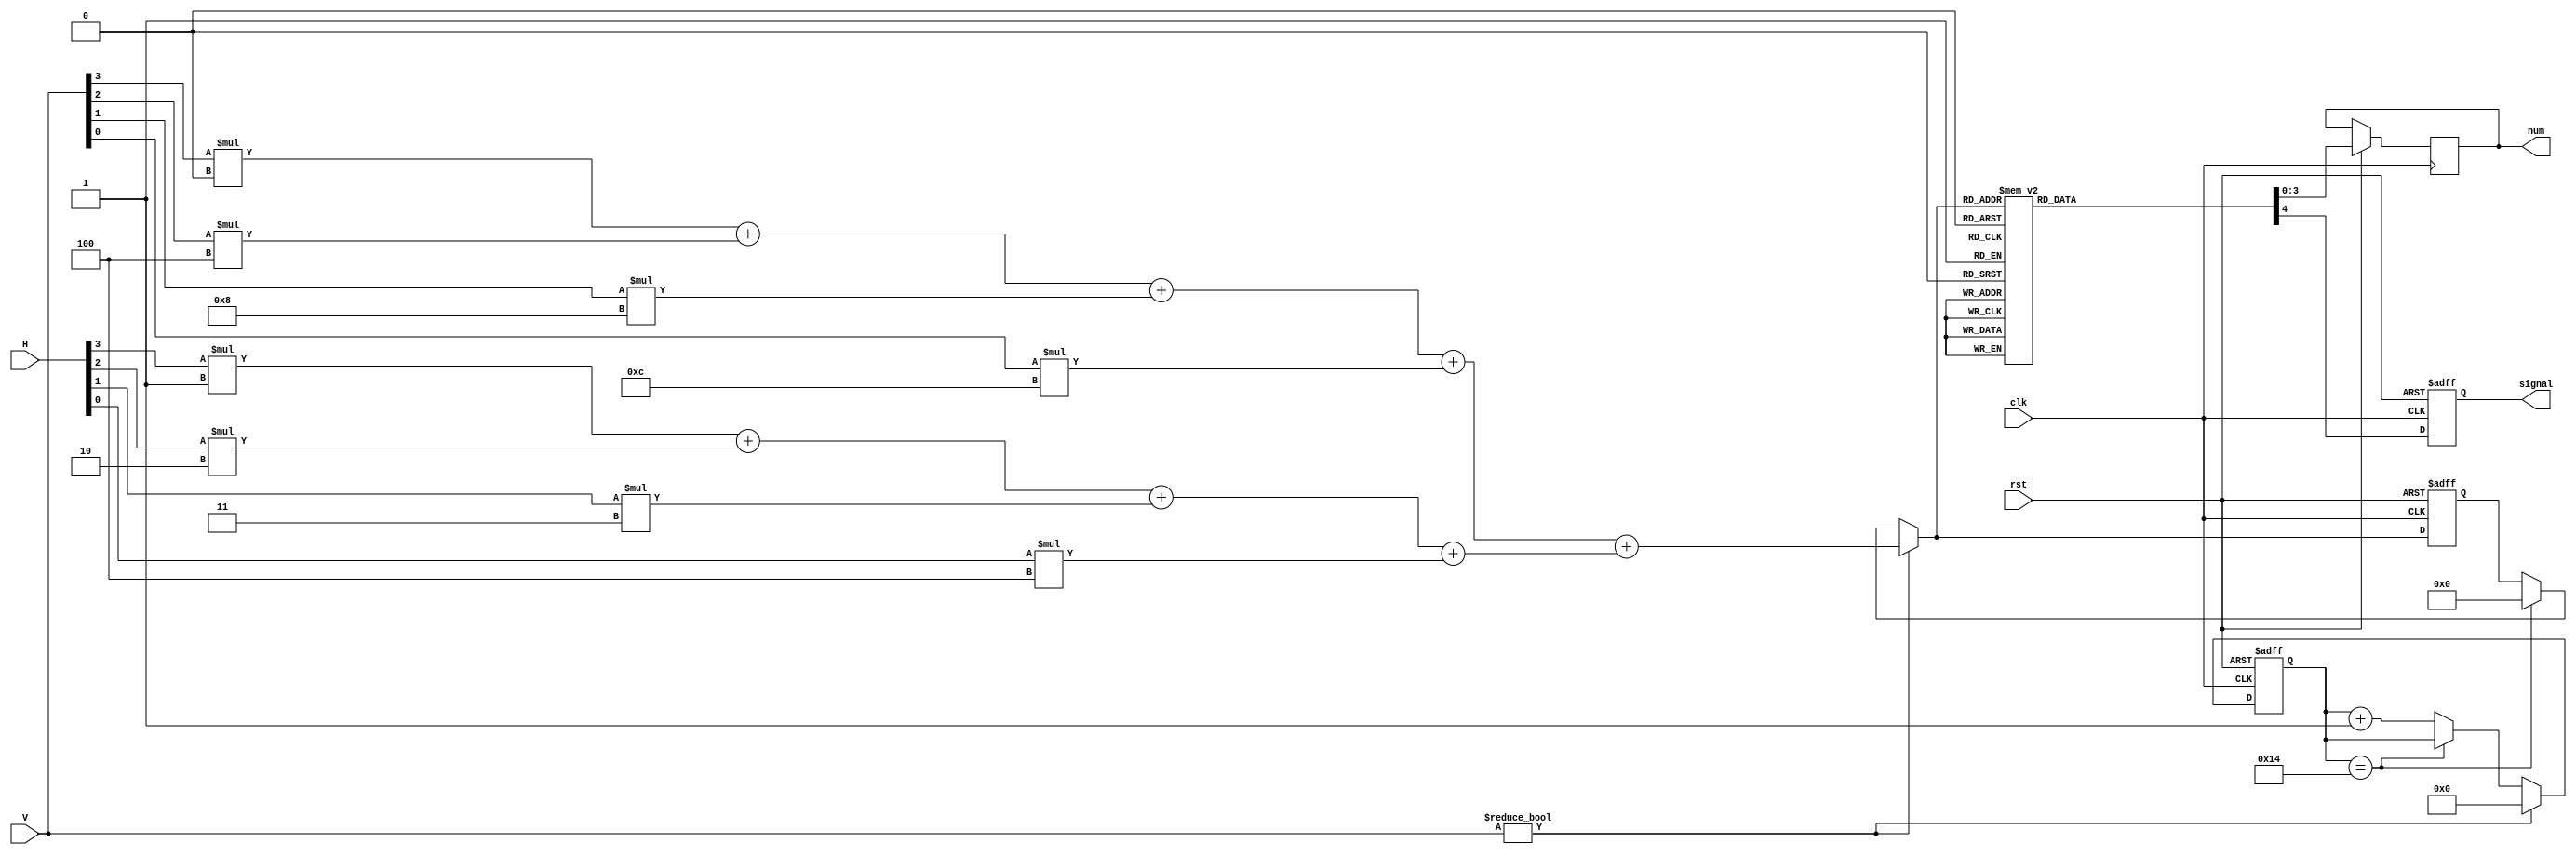
module Keyboard
(
	input clk,
	input rst,
	input [3:0]V,
   input [3:0]H,

	output reg [3:0]num,
	output reg signal
);	
	reg [15:0]count=0;   //count
	reg [4:0]p;
	
always @(posedge clk or negedge rst)
	begin
	if(!rst)
   	begin
		count=0;
		p=0;
		signal=0;
		end
   else
	   begin
		if(V!=4'b0000)
   		begin
			count=0;
			//p
			p=(V[3]*0+V[2]*4+V[1]*8+V[0]*12)+(H[3]*1+H[2]*2+H[1]*3+H[0]*4); 
			end
		else
	      begin
			//20clk				
			if(count==20)   
		      begin
				p=0;
			   signal=0;
				end
			else
	   		begin
			   count=count+1;
				end
			end
			
		case(p)
			1: begin   num=1; signal=1;   end
			2: begin   num=2; signal=1;   end
			3: begin   num=3; signal=1;   end
			4: begin   num=4; signal=1;   end
			5: begin   num=5; signal=1;   end
			6: begin   num=6; signal=1;   end
			7: begin   num=7; signal=1;   end
			8: begin   num=8; signal=1;   end
			9: begin   num=9; signal=1;   end
			10:begin   num=0; signal=1;   end
			11:begin   num=10;signal=1;   end
			12:begin   num=11;signal=1;   end
			15:begin   num=12;signal=1;   end
			16:begin   num=13;signal=1;   end
	      default: 
			   begin   num=0; signal=0;   end			
		   endcase
		end
   end
endmodule